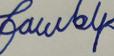
Signature authenticity: forged